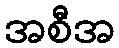
အစီအ